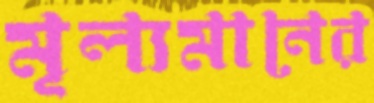
মূল্যমানের